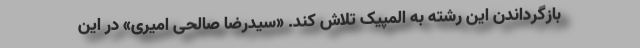
بازگرداندن این رشته به المپیک تلاش کند. «سیدرضا صالحی امیری» در این